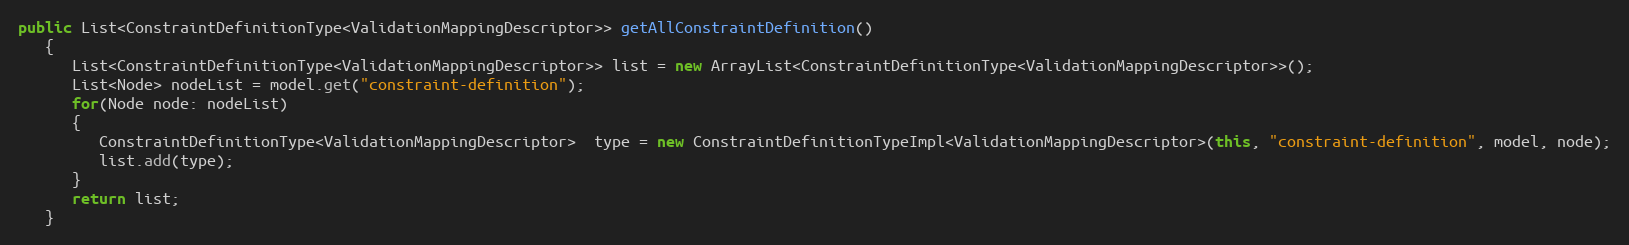
Language: Java
public List<ConstraintDefinitionType<ValidationMappingDescriptor>> getAllConstraintDefinition()
   {
      List<ConstraintDefinitionType<ValidationMappingDescriptor>> list = new ArrayList<ConstraintDefinitionType<ValidationMappingDescriptor>>();
      List<Node> nodeList = model.get("constraint-definition");
      for(Node node: nodeList)
      {
         ConstraintDefinitionType<ValidationMappingDescriptor>  type = new ConstraintDefinitionTypeImpl<ValidationMappingDescriptor>(this, "constraint-definition", model, node);
         list.add(type);
      }
      return list;
   }